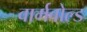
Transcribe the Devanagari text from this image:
वार्मबोल्ड